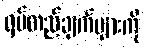
ရပ်တည်ချက်များကို